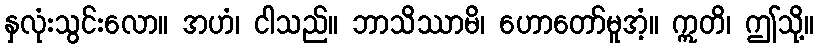
နှလုံးသွင်းလော။ အဟံ၊ ငါသည်။ ဘာသိဿာမိ၊ ဟောတော်မူအံ့။ ဣတိ၊ ဤသို့။